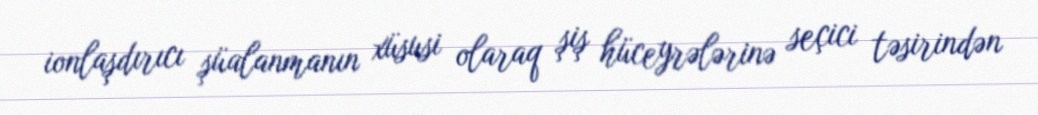
ionlaşdırıcı şüalanmanın xüsusi olaraq şiş hüceyrələrinə seçici təsirindən